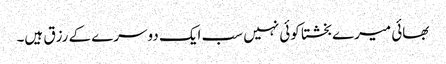
بھائی میرے بخشتا کوئی نہیں سب ایک دوسرے کے رزق ہیں۔